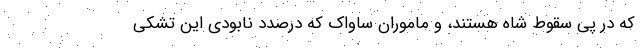
که در پی سقوط شاه هستند، و ماموران ساواک که درصدد نابودی این تشکی